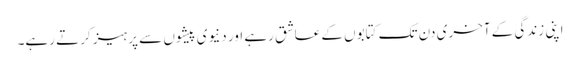
اپنی زندگی کے آخری دن تک کتابوں کے عاشق رہے اور دنیوی پیشوں سے پرہیز کرتے رہے۔